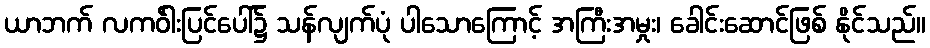
ယာဘက် လကဝ်ါးပြင်ပေါ်၌ သန်လျက်ပုံ ပါသောကြောင့် အကြီးအမှုး၊ ခေါင်းဆောင်ဖြစ် နိုင်သည်။